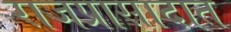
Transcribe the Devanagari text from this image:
राजप्रासादात